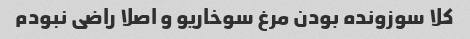
کلا سوزونده بودن مرغ سوخاریو و اصلا راضی نبودم